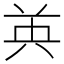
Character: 𮎧